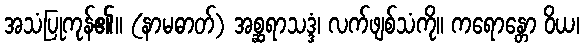
အသံပြုကုန်၏။ (နာမဓာတ်) အစ္ဆရာသဒ္ဒံ၊ လက်ဖျစ်သံကို။ ကရောန္တော ဝိယ၊